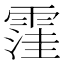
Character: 䨟